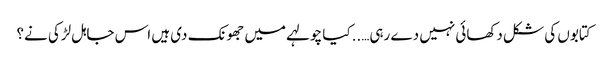
کتابوں کی شکل دکھائی نہیں دے رہی…..کیا چولہے میں جھونک دی ہیں اس جاہل لڑکی نے؟